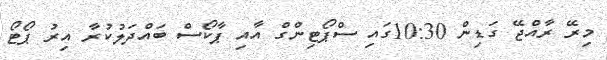
މިރޭ ރާއްޖޭ ގަޑިން 10:30ގައި ސްޕޯޓިންގް އާއި ޕާކޯސް ބައްދަލުކުރާ އިރު ޕޯޓޯ